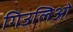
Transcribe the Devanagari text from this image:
गिउलिओ